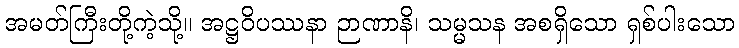
အမတ်ကြီးတို့ကဲ့သို့။ အဋ္ဌဝိပဿနာ ဉာဏာနိ၊ သမ္မသန အစရှိသော ရှစ်ပါးသော